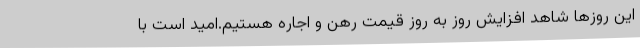
این روزها شاهد افزایش روز به روز قیمت رهن و اجاره هستیم.امید است با